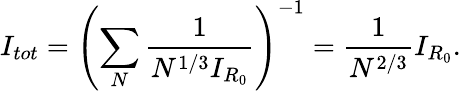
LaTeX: I_{tot}=\left(\sum_{N}\frac{1}{N^{1/3}I_{R_{0}}}\right)^{-1}=\frac{1}{N^{2/3}}I_{R_{0}}.